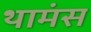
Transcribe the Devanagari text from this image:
थामंस